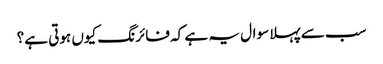
سب سے پہلا سوال یہ ہے کہ فائرنگ کیوں ہوتی ہے؟